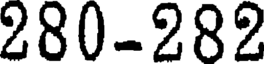
280-282